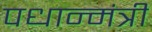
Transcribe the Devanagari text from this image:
पधान्मंत्री